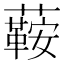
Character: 𧁟